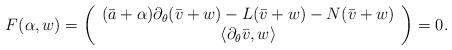
LaTeX: \begin{align*}F(\alpha,w)=\left(\begin{array}{cc}(\bar{a}+\alpha) \partial_\theta (\bar{v} + w) - L(\bar{v} + w)-N(\bar{v} + w) \\\langle \partial_\theta \bar{v}, w \rangle \end{array}\right)=0.\end{align*}